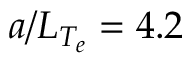
a / L _ { T _ { e } } = 4 . 2